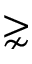
\gnsim